Report of the Municipal Commissioner on the plague in Bombay for the year ending 31st May... - Volume 1
Disease focus: Plague
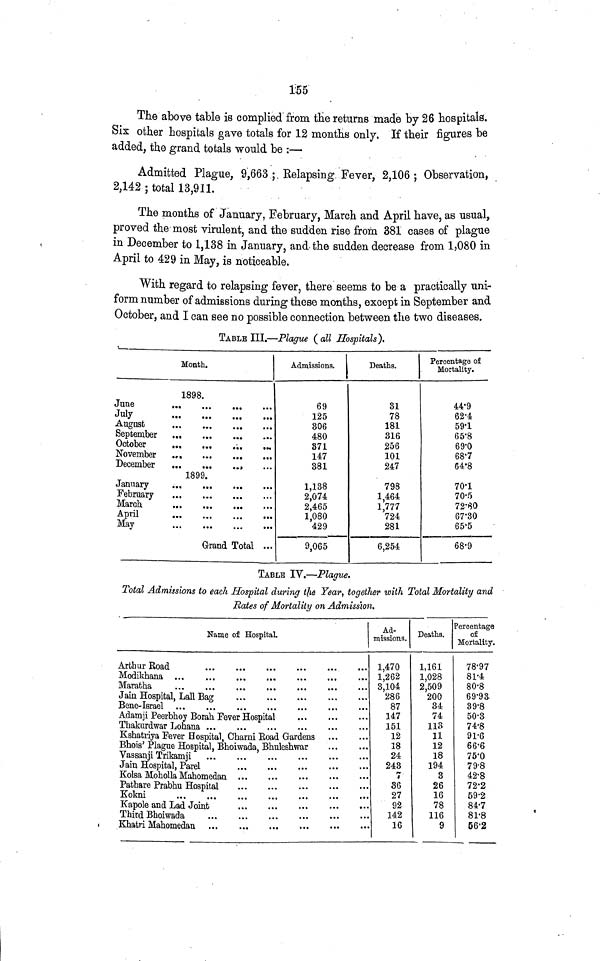
155
The above table is complied from the returns made by 26 hospitals.
Six other hospitals gave totals for 12 months only. If their figures be
added, the grand totals would be :—
Admitted Plague, 9,663 ; Relapsing. Fever, 2,106 ; Observation,
2,142 ; total 13,911.
The months of January, February, March and April have, as usual,
proved the most virulent, and the sudden rise from 381 cases of plague
in December to 1,138 in January, and the sudden decrease from 1,080 in
April to 429 in May, is noticeable.
With regard to relapsing fever, there seems to be a practically uni-
form number of admissions during these months, except in September and
October, and I can see no possible connection between the two diseases.
TABLE III.—Plague (all Hospitals).
Month.
1898.
July
...
...
...
...
August
...
...
...
...
September
...
...
...
...
October
...
...
...
...
November
...
...
...
...
1899.
March
...
...
...
...
April
...
...
...
...
May
...
...
...
...
Grand Total ...
Admissions.
69
125
306
480
371
147
381
1 138
2 074
2 465
1 080
429
9,065
Deaths.
31
78
181
316
256
101
247
798
1 464
1 777
724
281
6,254
Percentage of
Mortality.
44·9
62·4
59·1
65·8
69·0
68·7
64·8
70·1
70·5
72·80
67·30
65·5
68·9
TABLE IV.—Plague.
Total Admissions to each Hospital during the Year, together with Total Mortality and
Rates of Mortality on Admission.
Name of Hospital.
Arthur Road
...
...
...
...
...
...
Modikhana ...
...
... ... ...
Maratha... ... ... ... ... ...
Jain Hospital, Lall Bag ... ... ... ... ... ...
Bene-Israel
...
...
...
...
...
...
Adamji Peerbhoy Borah Fever Hospital ... ... ...
Thakurdwar Lohana
...
...
...
...
...
...
Kshatriya Fever Hospital Charm Road Gardens ... ...
Vassanji Trikamji
...
...
...
...
...
...
Kolsa Moholla Mahomedan
...
...
...
...
...
...
Pathare Prabhu Hospital... ... ... ... ... ...
Kapole and Lad Joint
...
...
...
...
...
...
Khatri Mahomedan
...
...
...
...
...
...
Ad-
missions.
1,470
1,262
3 104
286
87
147
151
12
18
24
243
7
36
27
92
142
16
Deaths.
1,161
1,028
2 509
200
34
74
113
11
12
18
194
3
26
16
78
116
9
Percentage
of
Mortality.
78·97
81·4
80·8
69·93
39·8
50·3
74·8
91·6
66·6
75·0
79·8
42·8
72·2
59·2
84·7
81·8
56·2